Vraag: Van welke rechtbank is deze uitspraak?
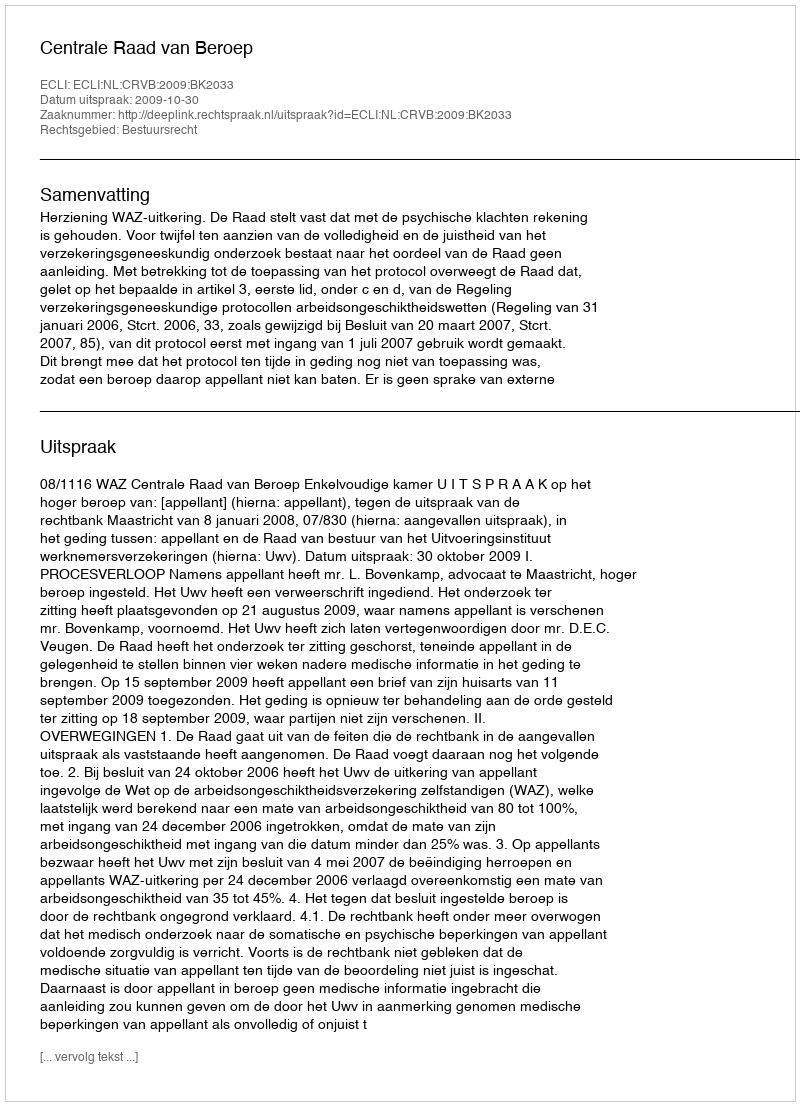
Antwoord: Centrale Raad van Beroep